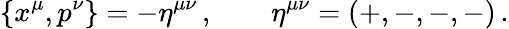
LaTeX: \{ x^{\mu},p^{\nu}\} =-\eta^{\mu\nu}\, ,~~~~~~~~\eta^{\mu\nu}=(+,-,-,-)\, .